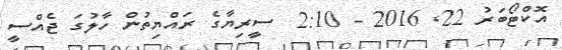
އޮކްޓޯބަރު 22